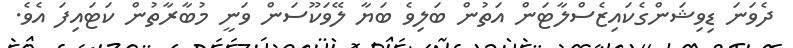
ދެވަނަ ޑިވިޝަންގެކައިޒެސްލާޓަން އަތުން ބަލިވެ ބަޔާ ލޭވަކޫސަން ވަނީ މުބާރާތުން ކަޓައިފަ އެވެ.